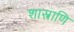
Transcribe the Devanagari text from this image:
शास्त्राणि